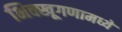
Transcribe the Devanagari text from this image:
भिक्खूगणामध्ये